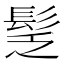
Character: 𩬪